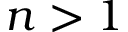
n > 1